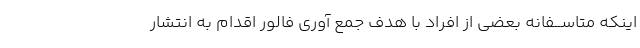
اینکه متاســفانه بعضى از افراد با هدف جمع آورى فالور اقدام به انتشار